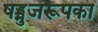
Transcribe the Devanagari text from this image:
षड्भुजरूपका